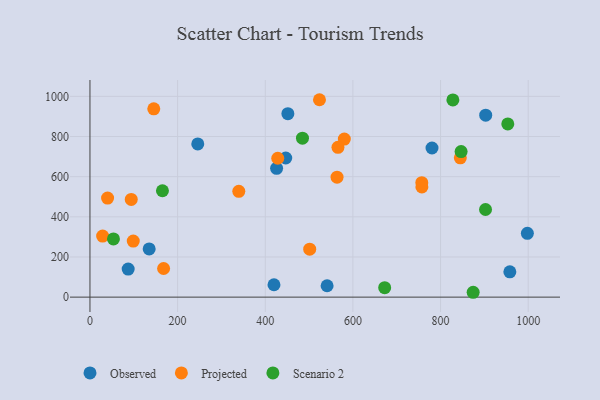
{"axis": {"x": "Distance", "y": "Yield"}, "legend": ["Observed", "Projected", "Scenario 2"], "data": [{"x": "541.1", "y": 56.8, "type": "Observed"}, {"x": "780.5", "y": 742.8, "type": "Observed"}, {"x": "451.6", "y": 913.7, "type": "Observed"}, {"x": "446.7", "y": 693.0, "type": "Observed"}, {"x": "87.2", "y": 139.8, "type": "Observed"}, {"x": "425.9", "y": 641.4, "type": "Observed"}, {"x": "998.1", "y": 317.6, "type": "Observed"}, {"x": "246.0", "y": 762.9, "type": "Observed"}, {"x": "903.0", "y": 906.4, "type": "Observed"}, {"x": "419.9", "y": 61.8, "type": "Observed"}, {"x": "135.1", "y": 240.3, "type": "Observed"}, {"x": "958.1", "y": 125.9, "type": "Observed"}, {"x": "28.9", "y": 304.3, "type": "Projected"}, {"x": "757.2", "y": 570.1, "type": "Projected"}, {"x": "428.5", "y": 691.8, "type": "Projected"}, {"x": "94.2", "y": 486.8, "type": "Projected"}, {"x": "501.4", "y": 239.0, "type": "Projected"}, {"x": "523.7", "y": 983.3, "type": "Projected"}, {"x": "145.6", "y": 937.8, "type": "Projected"}, {"x": "757.4", "y": 548.8, "type": "Projected"}, {"x": "580.4", "y": 787.1, "type": "Projected"}, {"x": "40.2", "y": 493.2, "type": "Projected"}, {"x": "98.8", "y": 279.0, "type": "Projected"}, {"x": "168.0", "y": 142.7, "type": "Projected"}, {"x": "565.9", "y": 746.4, "type": "Projected"}, {"x": "563.8", "y": 597.6, "type": "Projected"}, {"x": "339.6", "y": 526.9, "type": "Projected"}, {"x": "845.1", "y": 693.9, "type": "Projected"}, {"x": "53.6", "y": 290.0, "type": "Scenario 2"}, {"x": "165.4", "y": 529.9, "type": "Scenario 2"}, {"x": "846.9", "y": 725.2, "type": "Scenario 2"}, {"x": "902.6", "y": 436.5, "type": "Scenario 2"}, {"x": "484.9", "y": 791.7, "type": "Scenario 2"}, {"x": "672.5", "y": 47.2, "type": "Scenario 2"}, {"x": "828.1", "y": 982.2, "type": "Scenario 2"}, {"x": "953.4", "y": 863.0, "type": "Scenario 2"}, {"x": "874.4", "y": 24.2, "type": "Scenario 2"}]}